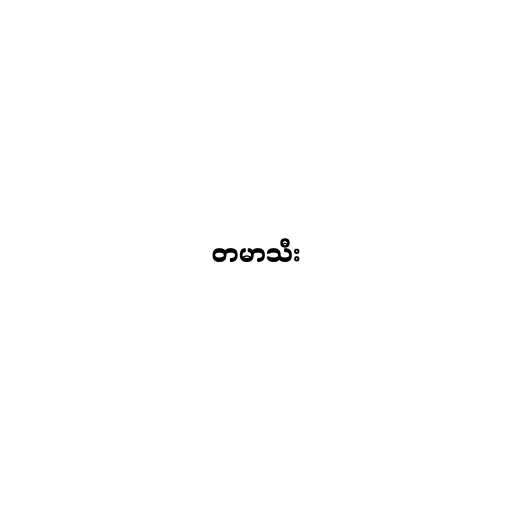
တမာသီး